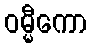
ဝမ္မီကော